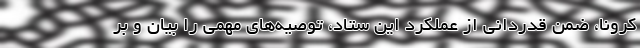
کرونا، ضمن قدردانی از عملکرد این ستاد، توصیه‌های مهمی را بیان و بر